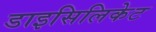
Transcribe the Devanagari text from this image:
डाइसिलिकेट